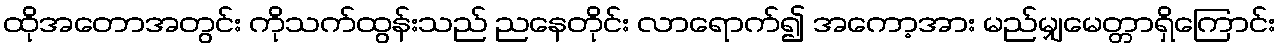
ထိုအတောအတွင်း ကိုသက်ထွန်းသည် ညနေတိုင်း လာရောက်၍ အကော့အား မည်မျှမေတ္တာရှိကြောင်း